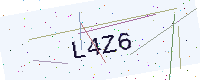
Text: L4Z6